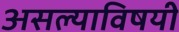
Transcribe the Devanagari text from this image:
असल्याविषयी